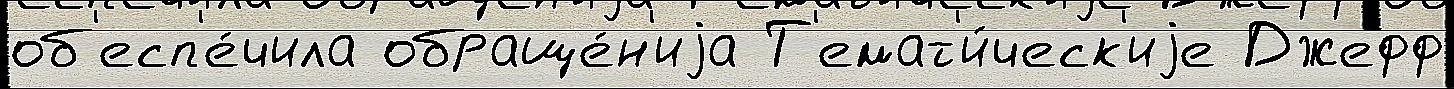
об'есп'е́чила обраще́н'иjа Т'емат'и́ческ'иjе Джефф